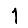
Digit: 1